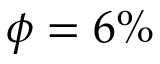
\phi = 6 \%